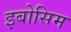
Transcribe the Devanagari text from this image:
इबोसिम